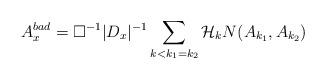
LaTeX: \begin{align*}A_x^{bad} = \Box^{-1} |D_x|^{-1} \sum_{k < k_1 = k_2} \mathcal H_k N(A_{k_1},A_{k_2}) \end{align*}